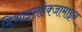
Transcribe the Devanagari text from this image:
मिथाइलहेक्जामाइन